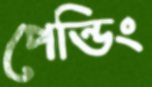
পেন্ডিং